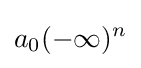
a_{0}(-\infty )^{n}